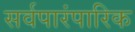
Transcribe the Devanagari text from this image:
सर्वपारंपारिक